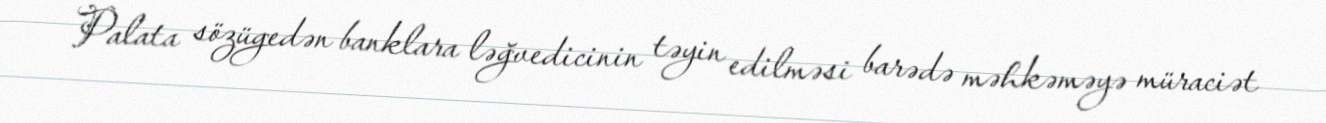
Palata sözügedən banklara ləğvedicinin təyin edilməsi barədə məhkəməyə müraciət